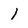
Character: 1